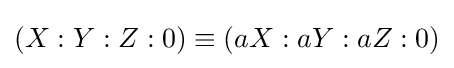
(X:Y:Z:0)\equiv (aX:aY:aZ:0)